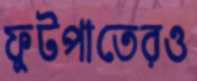
ফুটপাতেরও